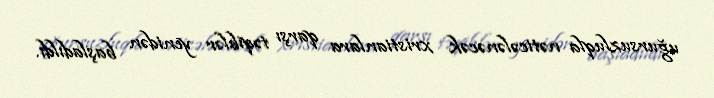
uğursuzluqla nəticələnəcək xristianlara qarşı təqiblər yenidən başladıldı.